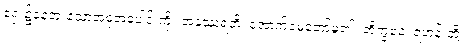
ရှေး၌နေဘူးသောအစုအပေါင်းကို။ အနုဿရတိ၊ အောက်မေ့တော်မူ၏။ ဘိက္ခဝေ၊ ရဟန်းတို့။